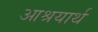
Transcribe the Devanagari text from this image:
आश्रयार्थ